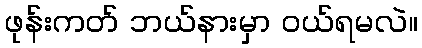
ဖုန်းကတ် ဘယ်နားမှာ ဝယ်ရမလဲ။